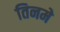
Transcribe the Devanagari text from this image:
तिनमे